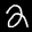
Label: 2